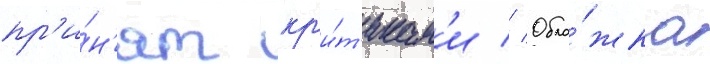
пр'и́н'ят кр'и́т'икам'и // Обло́жка